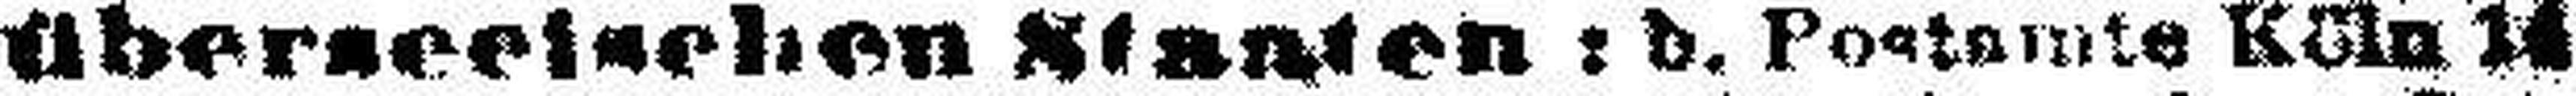
überseeischen Sianien: b. Postamte Köln 14